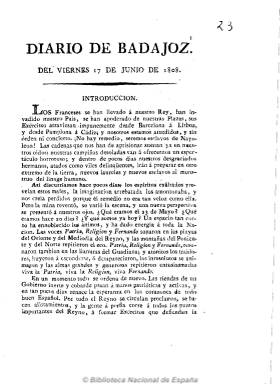
Título: Diario de Badajoz (Badajoz. 1808)
Colección: Periódicos anteriores a 1850
Ámbito geográfico: Badajoz
Lugar de publicación: Badajoz
Fechas: 17/06/1808-03/03/1810

Se trata del primer periódico extremeño del que se tengan noticias y que coexiste con Almacén patriótico (1808-1810), considerado este como el primer periódico de la capital, y ambos de carácter patriótico y noticioso publicados durante la Guerra de la Independencia.

Diario de Badajoz fue fundado y dirigido por el político y jurisconsulto extremeño José María Domenech y Andrade (1782-185), nombrado para ello por la Junta Superior de Armamento y Defensa de la provincia, a la que pertenecía como miembro destacado (en 1823 será desterrado), y uno de sus principales redactores será Pedro Pascasio Fernández Sardino, médico y periodista exaltado liberal, que también interviene como redactor tanto en Almacén patriótico como en Gazeta de Extremadura (1810), y en toros periódicos posteriores

Tras las proclamas patrióticas de los alcaldes madrileños de Móstoles y Alcorcón, Diario de Badajoz sale el viernes 17 de junio de 1808, el mismo día en el que en Extremadura estalla el clamor popular contra los invasores napoleónicos y por todo el reino se suceden y circulan proclamas patrióticas en las que se llama a alistamientos populares contra las tropas napoleónicas, como el Manifiesto de la Junta Suprema de Sevilla que publica ese día.

Generalmente de cuatro páginas, algunas ediciones constan de ocho, de un periódico del que sólo se conocen escasos números, quince en total en la colección de la Biblioteca Nacional de España. Algunos de ellos son reimpresiones realizadas en la Casa de la Misericordia de Cádiz, como el primer número. Este comienza con una Introducción a modo de proclama titulada: “Los franceses se han llevado a nuestro Rey…”, en el que su redactor escribe sobre la “creación de un espíritu patriótico contra Napoleón”. Se presenta como publicación diaria y el mismo dará cabida a proclamas, bandos, circulares, manifiestos, listas de donativos por la causa, noticias de los acontecimientos bélicos y populares, así como producciones literarias de marcado carácter patriótico, tanto en prosa como en verso. La crónica de la guerra en Madrid publicada en su número 15, de uno de julio de 1808, se revela de un estilo periodístico muy moderno. Su carácter ideológico se podría resumir en el grito: “Patria, Religión y Fernando”

Otras reimpresiones de la colección son las realizadas en la Oficina de D. Nicolás Gómez de Requena, impresor del Gobierno en Cádiz, que reimprime asimismo un Suplemento al Diario de Badajoz de 27 de julio de 1808.  Otros son reimpresos por Don Antonio de Muguia, también en Cádiz, como el titulado Extracto de los Diarios de Badajoz del 17, 18 y 19 de junio de 1808. Otros números carecen de pie de imprenta, y los de su última etapa son estampados en la Imprenta del Gobierno, aunque sin precisar lugar.

Según los ejemplares conservados, las ediciones debieron de iniciar su numeración al comienzo de cada año y a partir de septiembre de 1810, cuando la Junta Superior se traslada a Valencia de Alcántara, Diario de Badajoz cambiará su título por Gazeta de Extremadura.